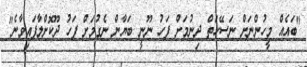
"ބައެއް މީހުންްނަށް ނަސޭހަތް ދިނުމަށް ފަހު ނޫނީ ބަޔާން ނެގުމަށް ފަހު ދޫކޮށްލާފައިވާނެ"